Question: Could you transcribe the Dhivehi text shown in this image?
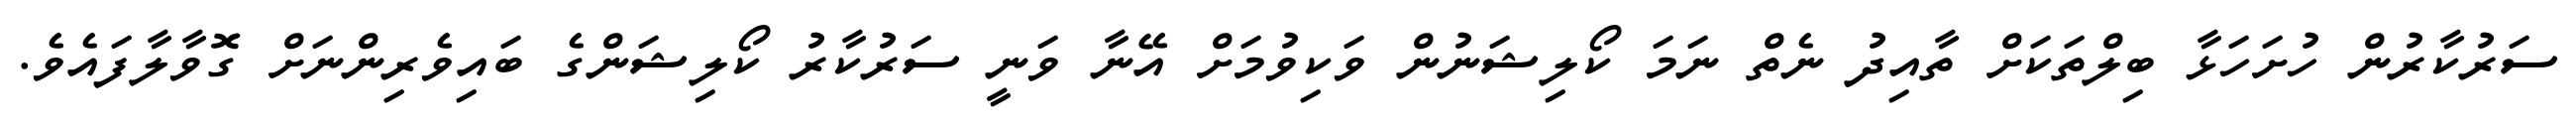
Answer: ސަރުކާރުން ހުށަހަޅާ ބިލްތަކަށް ތާއިދު ނެތް ނަމަ ކޯލިޝަނުން ވަކިވުމަށް އޭނާ ވަނީ ސަރުކާރު ކޯލިޝަންގެ ބައިވެރިންނަށް ގޮވާލާފައެވެ.